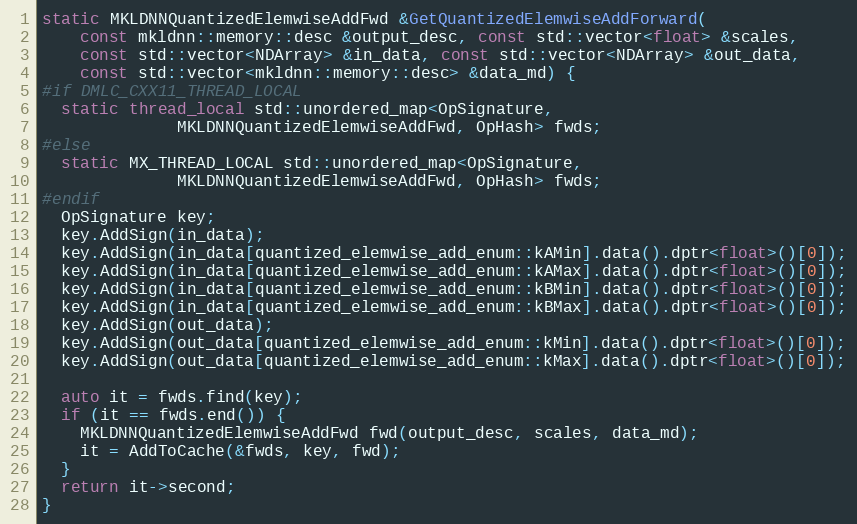
Language: C++
static MKLDNNQuantizedElemwiseAddFwd &GetQuantizedElemwiseAddForward(
    const mkldnn::memory::desc &output_desc, const std::vector<float> &scales,
    const std::vector<NDArray> &in_data, const std::vector<NDArray> &out_data,
    const std::vector<mkldnn::memory::desc> &data_md) {
#if DMLC_CXX11_THREAD_LOCAL
  static thread_local std::unordered_map<OpSignature,
              MKLDNNQuantizedElemwiseAddFwd, OpHash> fwds;
#else
  static MX_THREAD_LOCAL std::unordered_map<OpSignature,
              MKLDNNQuantizedElemwiseAddFwd, OpHash> fwds;
#endif
  OpSignature key;
  key.AddSign(in_data);
  key.AddSign(in_data[quantized_elemwise_add_enum::kAMin].data().dptr<float>()[0]);
  key.AddSign(in_data[quantized_elemwise_add_enum::kAMax].data().dptr<float>()[0]);
  key.AddSign(in_data[quantized_elemwise_add_enum::kBMin].data().dptr<float>()[0]);
  key.AddSign(in_data[quantized_elemwise_add_enum::kBMax].data().dptr<float>()[0]);
  key.AddSign(out_data);
  key.AddSign(out_data[quantized_elemwise_add_enum::kMin].data().dptr<float>()[0]);
  key.AddSign(out_data[quantized_elemwise_add_enum::kMax].data().dptr<float>()[0]);

  auto it = fwds.find(key);
  if (it == fwds.end()) {
    MKLDNNQuantizedElemwiseAddFwd fwd(output_desc, scales, data_md);
    it = AddToCache(&fwds, key, fwd);
  }
  return it->second;
}